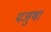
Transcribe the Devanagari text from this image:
यजुषा